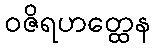
ဝဇိရဟတ္ထေန